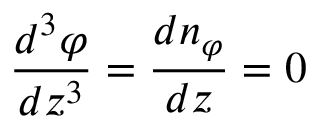
{ \frac { d ^ { 3 } \varphi } { d z ^ { 3 } } } = { \frac { d n _ { \varphi } } { d z } } = 0